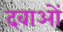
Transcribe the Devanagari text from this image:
दवाअों